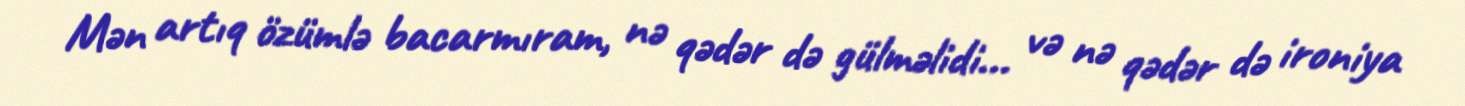
Mən artıq özümlə bacarmıram, nə qədər də gülməlidi... və nə qədər də ironiya